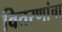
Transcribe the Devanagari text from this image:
वितरणांचा